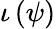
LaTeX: \iota\left(\psi\right)